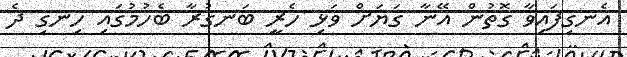
އެނގިފައިވާ ގޮތުން އޭނާ ގަޔަށް ވަޅި ހެރީ ބަނގުރާ ބެހުމުގައި ހިނގި ދެ